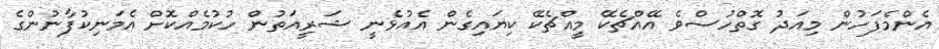
އެންމެފަހުން މިއަދު ގޮތްހުސްވެ އޭއްޗެކޭ މީއްޗެކޭ ކިޔައިގެން އެއުޅެނީ ޝަރީއަތުން ހުކުމެއްކޮށް އެމަނިކުފާނުންގެ